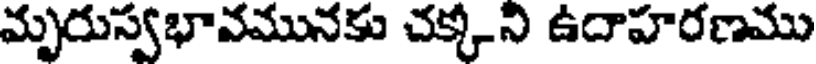
మృరుస్వభావమునకు చక్కని ఉదాహరణము